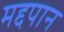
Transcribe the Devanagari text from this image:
मद्दपान